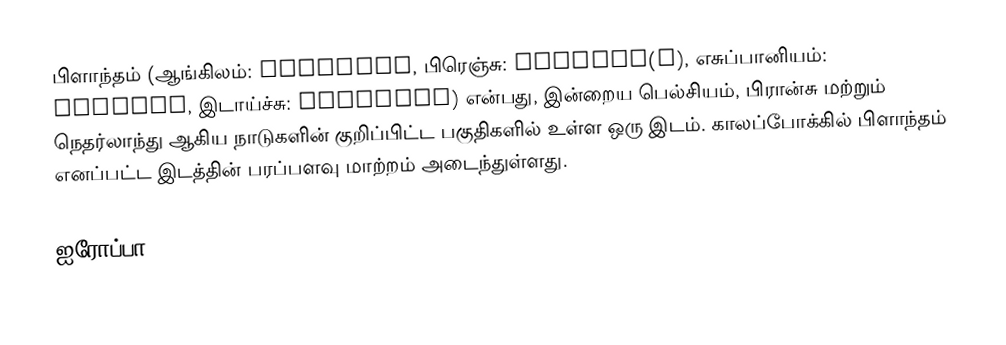
பிளாந்தம் (ஆங்கிலம்: Flanders, பிரெஞ்சு: Flandre(s), எசுப்பானியம்: Flandes, இடாய்ச்சு: Flandern) என்பது, இன்றைய பெல்சியம், பிரான்சு மற்றும் நெதர்லாந்து ஆகிய நாடுகளின் குறிப்பிட்ட பகுதிகளில் உள்ள ஒரு இடம். காலப்போக்கில் பிளாந்தம் எனப்பட்ட இடத்தின் பரப்பளவு மாற்றம் அடைந்துள்ளது.

ஐரோப்பா